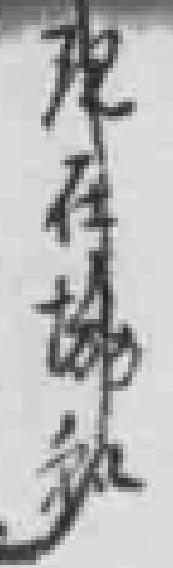
现在協和